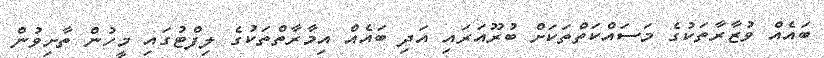
ބައެއް ވުޒާރާތަކުގެ މަސައްކަތްތަކަށް ބުރޫއަރައި އަދި ބައެއް އިމާރާތްތަކުގެ ލިފްޓުގައި މީހުން ތާށިވުން